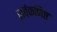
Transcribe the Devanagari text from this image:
सर्वकणिष्ठ